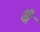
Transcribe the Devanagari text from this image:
बैं